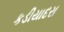
કડીયાદરા